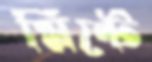
মিন্টে